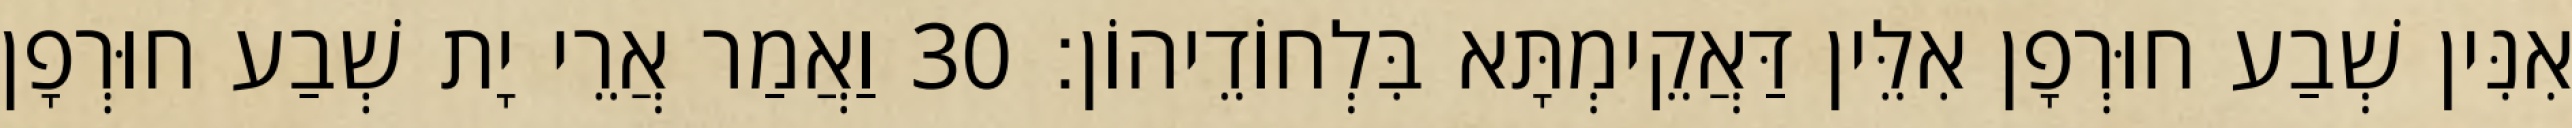
אִנִּין שְׁבַע חוּרְפָן אִלֵּין דַּאֲקֵימְתָּא בִּלְחוֹדֵיהוֹן׃ 30 וַאֲמַר אֲרֵי יָת שְׁבַע חוּרְפָן